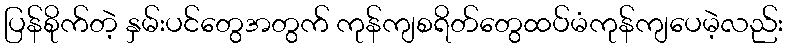
ပြန်စိုက်တဲ့ နှမ်းပင်တွေအတွက် ကုန်ကျစရိတ်တွေထပ်မံကုန်ကျပေမဲ့လည်း